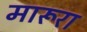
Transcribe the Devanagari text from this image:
मारूरा